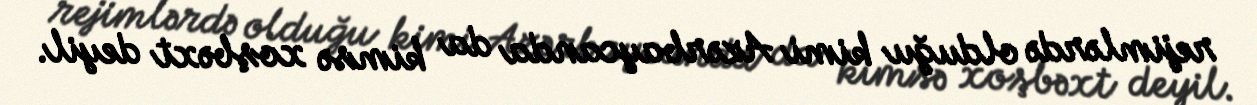
rejimlərdə olduğu kimi Azərbaycanda da kimsə xoşbəxt deyil.